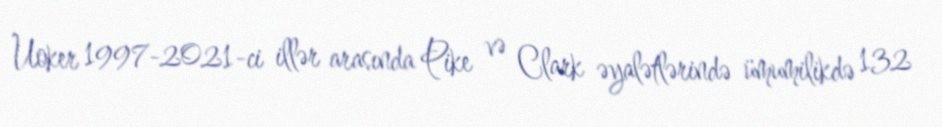
Uoker 1997-2021-ci illər arasında Pike və Clark əyalətlərində ümumilikdə 132